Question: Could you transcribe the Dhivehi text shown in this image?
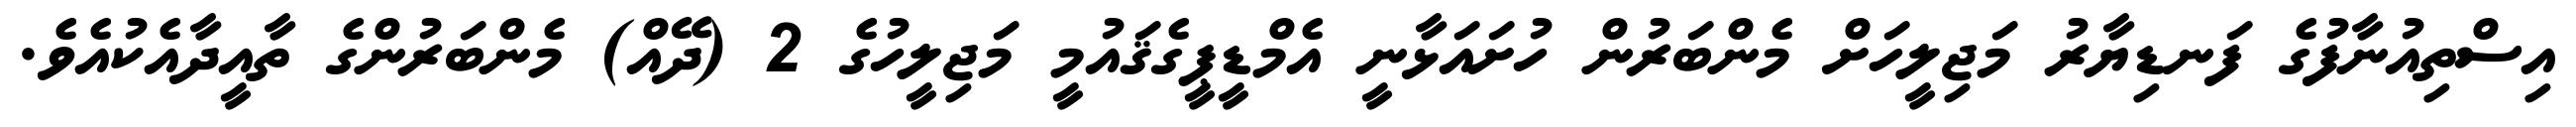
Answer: އިސްތިއުނާފުގެ ފަނޑިޔާރު މަޖިލީހަށް މެންބަރުން ހުށައަޅާނީ އެމްޑީޕީގެޤައުމީ މަޖިލީހުގެ 2 (ދޭއް) މެންބަރުންގެ ތާއީދާއެކުއެވެ.